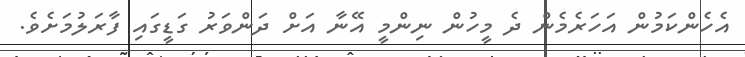
އެހެންކަމުން އަހަރެމެން ދެ މީހުން ނިންމީ އޭނާ އަށް ދަންވަރު ގަޑީގައި ފާރަލުމަށެވެ.